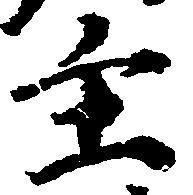
主